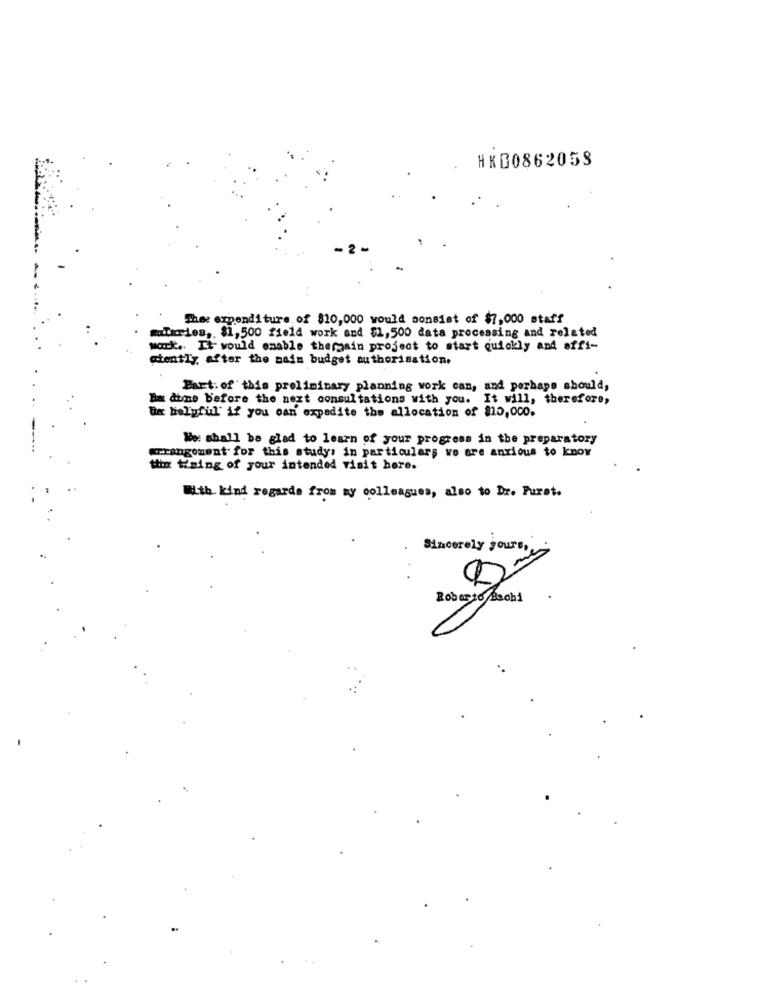
HKD0862053
The expenditure of $10,000 would consist of $7,000 staff
malerles ,. $1, 500 field work and $1, 500 data processing and related
work .. It would enable therain project to start quickly and affi-
ciently after the main budget authorisation.
Bart. of this preliminary planning work can, and perhaps should,
Ex done before the next consultations with you. It will, therefore,
Bx helpful' if you can expedite the allocation of $15,000.
We shall be glad to learn of your progress in the preparatory
rangement for this study: in particular; vo are anxious to know
the thing of your intended visit here.
With kind regards from my colleagues, also to Dr. Furst.
Sincerely yours,
Roberto Bschi